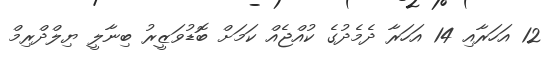
12 އަހަރާއި 14 އަހަރާ ދެމެދުގެ ކުއްޖެއް ކަމަށް ބޮޑުވަޒީރު ބިނާލީ ޔިލްދްރިމް